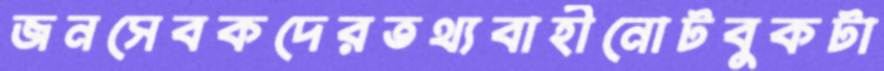
জনসেবকদেরতথ্যবাহীনোটবুকটা